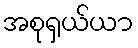
အစုရှယ်ယာ